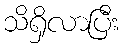
သိရှိလာပြီး